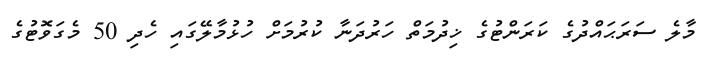
މާލެ ސަރަޙައްދުގެ ކަރަންޓުގެ ޚިދުމަތް ހަރުދަނާ ކުރުމަށް ހުޅުމާލޭގައި ހެދި 50 މެގަވޮޓުގެ